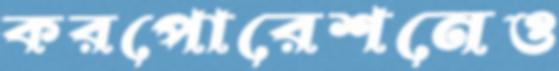
করপোরেশনেও